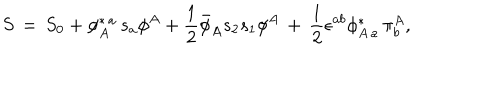
S \, = \, S _ { 0 } + \phi _ { A } ^ { \ast \, a } \, s _ { a } \phi ^ { A } + { \frac { 1 } { 2 } } { \bar { \phi } } _ { A } s _ { 2 } s _ { 1 } \phi ^ { A } \, + \, { \frac { 1 } { 2 } } \epsilon ^ { a b } \phi _ { A \, a } ^ { \ast } \, \pi _ { b } ^ { A } ,